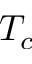
T _ { c }